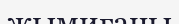
жымиғаны